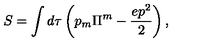
S = \int d \tau \left( p _ { m } \Pi ^ { m } - \frac { e p ^ { 2 } } { 2 } \right) ,